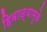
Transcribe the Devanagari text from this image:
हिवाळ्यामुळे